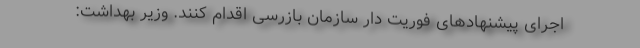
اجرای پیشنهادهای فوریت دار سازمان بازرسی اقدام کنند. وزیر بهداشت: